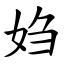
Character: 㛀